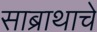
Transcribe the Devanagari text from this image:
साब्राथाचे